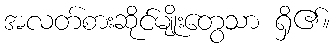
အလတ်စားဆိုင်မျိုးတွေသာ ရှိ၏။